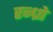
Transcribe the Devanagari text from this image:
रन्ध्रो